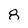
Character: 8